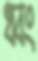
ধ্বং